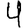
Digit: 4